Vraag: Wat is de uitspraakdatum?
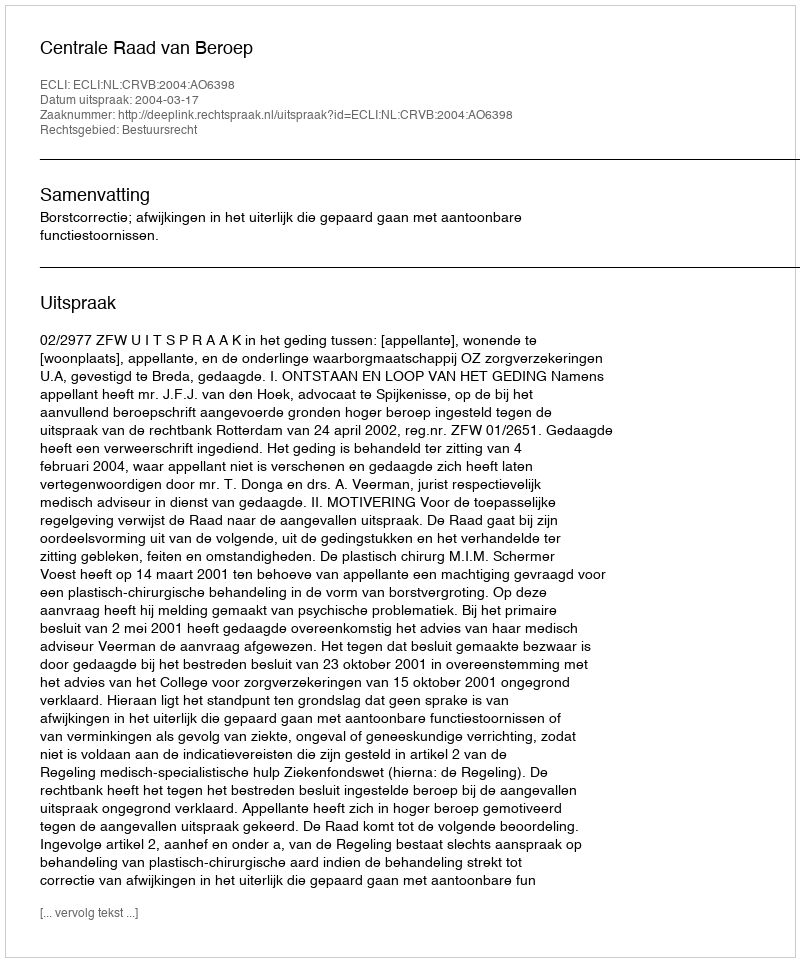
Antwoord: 2004-03-17